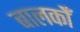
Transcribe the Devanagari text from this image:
बालकोँ